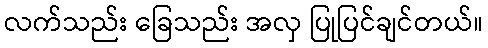
လက်သည်း ခြေသည်း အလှ ပြုပြင်ချင်တယ်။